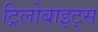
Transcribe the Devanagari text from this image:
ट्रिलोबाइट्स